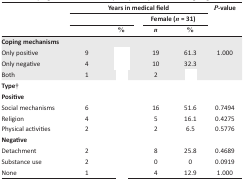
<table><thead><tr><td rowspan="3">[EMPTY_CELL]</td><td colspan="4"><b>Years in medical field</b></td><td rowspan="3"><b><i>P</i>-value</b></td></tr><tr><td colspan="2">[EMPTY_CELL]</td><td colspan="2"><b>Female (<i>n</i> = 31)</b></td></tr><tr><td>[EMPTY_CELL]</td><td><b>%</b></td><td><b><i>n</i></b></td><td><b>%</b></td></tr></thead><tbody><tr><td colspan="6"><b>Coping mechanisms</b></td></tr><tr><td>Only positive</td><td>9</td><td>[EMPTY_CELL]</td><td>19</td><td>61.3</td><td rowspan="3">1.000</td></tr><tr><td>Only negative</td><td>4</td><td>[EMPTY_CELL]</td><td>10</td><td>32.3</td></tr><tr><td>Both</td><td>1</td><td>[EMPTY_CELL]</td><td>2</td><td>[EMPTY_CELL]</td></tr><tr><td colspan="6"><b>Type</b>†</td></tr><tr><td colspan="6"><b>Positive</b></td></tr><tr><td>Social mechanisms</td><td>6</td><td>[EMPTY_CELL]</td><td>16</td><td>51.6</td><td>0.7494</td></tr><tr><td>Religion</td><td>4</td><td>[EMPTY_CELL]</td><td>5</td><td>16.1</td><td>0.4275</td></tr><tr><td>Physical activities</td><td>2</td><td>[EMPTY_CELL]</td><td>2</td><td>6.5</td><td>0.5776</td></tr><tr><td colspan="6"><b>Negative</b></td></tr><tr><td>Detachment</td><td>2</td><td>[EMPTY_CELL]</td><td>8</td><td>25.8</td><td>0.4689</td></tr><tr><td>Substance use</td><td>2</td><td>[EMPTY_CELL]</td><td>0</td><td>0</td><td>0.0919</td></tr><tr><td>None</td><td>1</td><td>[EMPTY_CELL]</td><td>4</td><td>12.9</td><td>1.000</td></tr></tbody></table>